Vaccination in the Punjab 1905-1918 - 1905-1918
Year: 1905
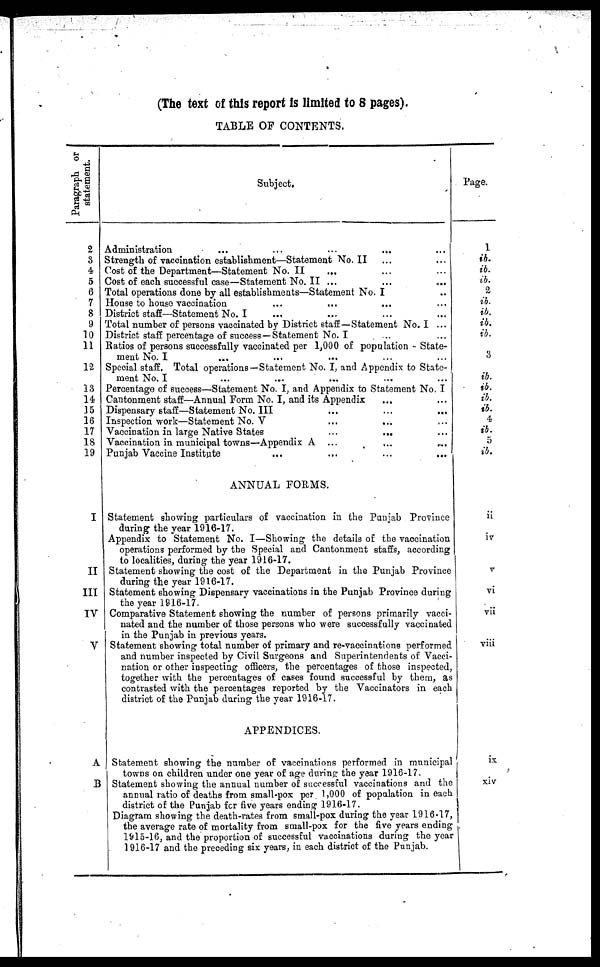
(The text of this report is limited to 8 pages).
TABLE OF CONTENTS.
Paragraph or
statement.
2
3
4
5
6
7
8
9
10
11
12
13
14
15
16
17
18
19
I
II
III
IV
V
A
B
Subject.
Administration ... ... ... ... ...
Strength of vaccination establishment—Statement No.II ... ...
Cost of the Department—Statement No. II
... ... ...
Cost of each successful case—Statement No. II ...
...
...
Total operations done by all establishments—Statement No. I ...
House to house vaccination ... ... ... ...
District staff—Statement No. I ... ... ... ...
Total number of persons vaccinated by District staff—Statement No. I ...
District staff percentage of success —Statement No. I ...
Ratios of persons successfully vaccinated per 1,000 of population - State-
ment No. I ... ... ... ...
Special staff. Total operations—Statement No. I, and Appendix to State-
ment No. I ... ... ... ... ...
Percentage of success—Statement No. I, and Appendix to Statement No. I
Cantonment staff—Annual Form No. I, and its Appendix ... ...
Dispensary staff—Statement No. III ... ... ...
Inspection work—Statement No. V ... ... ...
Vaccination in large Native States ... ... ...
Vaccination in municipal towns—Appendix A ...
... ...
Punjab Vaccine Institute
...
...
...
...
ANNUAL FORMS.
Statement showing particulars of vaccination in the Punjab Province
during the year 1916-17.
Appendix to Statement No. I—Showing the details of the vaccination
operations performed by the Special and Cantonment staffs, according
to localities, during the year 1916-17.
Statement showing the cost of the Department in the Punjab Province
during the year 1916-17.
Statement showing Dispensary vaccinations in the Punjab Province during
the year 1916-17.
Comparative Statement showing the number of persons primarily vacci-
nated and the number of those persons who were successfully vaccinated
in the Punjab in previous years.
Statement showing total number of primary and re-vaccinations performed
and number inspected by Civil Surgeons and Superintendents of Vacci-
nation or other inspecting officers, the percentages of those inspected,
together with the percentages of cases found successful by them, as
contrasted with the percentages reported by the Vaccinators in each
district of the Punjab during the year 1916-17.
APPENDICES.
Statement showing the number of vaccinations performed in municipal
towns on children under one year of age during the year 1916-17.
Statement showing the annual number of successful vaccinations and the
annual ratio of deaths from small-pox per 1,000 of population in each
district of the Punjab for five years ending 1916-17.
Diagram showing the death-rates from small-pox during the year 1916-17,
the average rate of mortality from small-pox for the five years ending
1615-16, and the proportion of successful vaccinations during the year
1916-17 and the preceding six years, in each district of the Punjab.
Page.
1
ib.
ib.
ib.
2
ib.
ib.
ib.
ib.
3
ib.
ib.
ib.
ib.
4
ib.
5
ib.
ii
iv
v
vi
vii
viii
ix
xiv